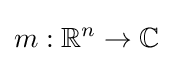
m:\mathbb {R} ^{n}\to \mathbb {C}